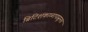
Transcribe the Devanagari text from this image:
ब्रिटिशकाळापासूनच